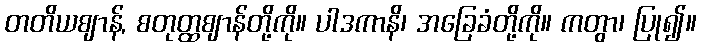
တတိယဈာန်, စတုတ္ထဈာန်တို့ကို။ ပါဒကာနိ၊ အခြေခံတို့ကို။ ကတွာ၊ ပြု၍။